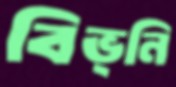
বিভ্নি